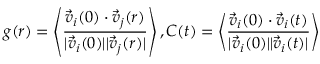
g ( r ) = \left\langle \frac { \vec { v } _ { i } ( 0 ) \cdot \vec { v } _ { j } ( r ) } { | \vec { v } _ { i } ( 0 ) | | \vec { v } _ { j } ( r ) | } \right\rangle , C ( t ) = \left\langle \frac { \vec { v } _ { i } ( 0 ) \cdot \vec { v } _ { i } ( t ) } { | \vec { v } _ { i } ( 0 ) | | \vec { v } _ { i } ( t ) | } \right\rangle